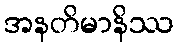
အနတိမာနိဿ